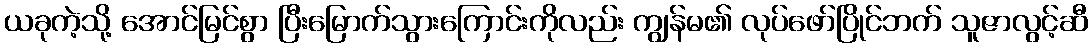
ယခုကဲ့သို့ အောင်မြင်စွာ ပြီးမြောက်သွားကြောင်းကိုလည်း ကျွန်မ၏ လုပ်ဖော်ပြိုင်ဘက် သူဇာလွင့်ဆီ